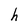
Character: h